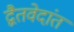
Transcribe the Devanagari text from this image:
द्वैतवेदांत